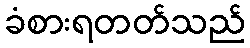
ခံစားရတတ်သည်